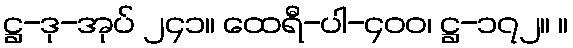
ဋ္ဌ-ဒု-အုပ် ၂၄၁။ ထေရီ-ပါ-၄၀၀၊ ဋ္ဌ-၁၇၂။ ။